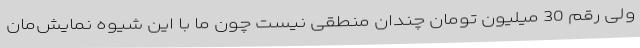
ولی رقم 30 میلیون تومان چندان منطقی نیست چون ما با این شیوه نمایش‌مان